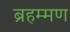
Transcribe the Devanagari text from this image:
ब्रहम्मण